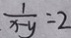
\frac { 1 } { x - y } = 2